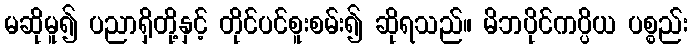
မဆိုမူ၍ ပညာရှိတို့နှင့် တိုင်ပင်စူးစမ်း၍ ဆိုရသည်။ မိဘပိုင်ကပ္ပိယ ပစ္စည်း